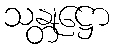
သန္တုဋ္ဌော